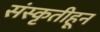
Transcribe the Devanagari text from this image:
संस्‍कृतीहून